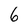
Character: 6